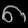
Digit: ၈